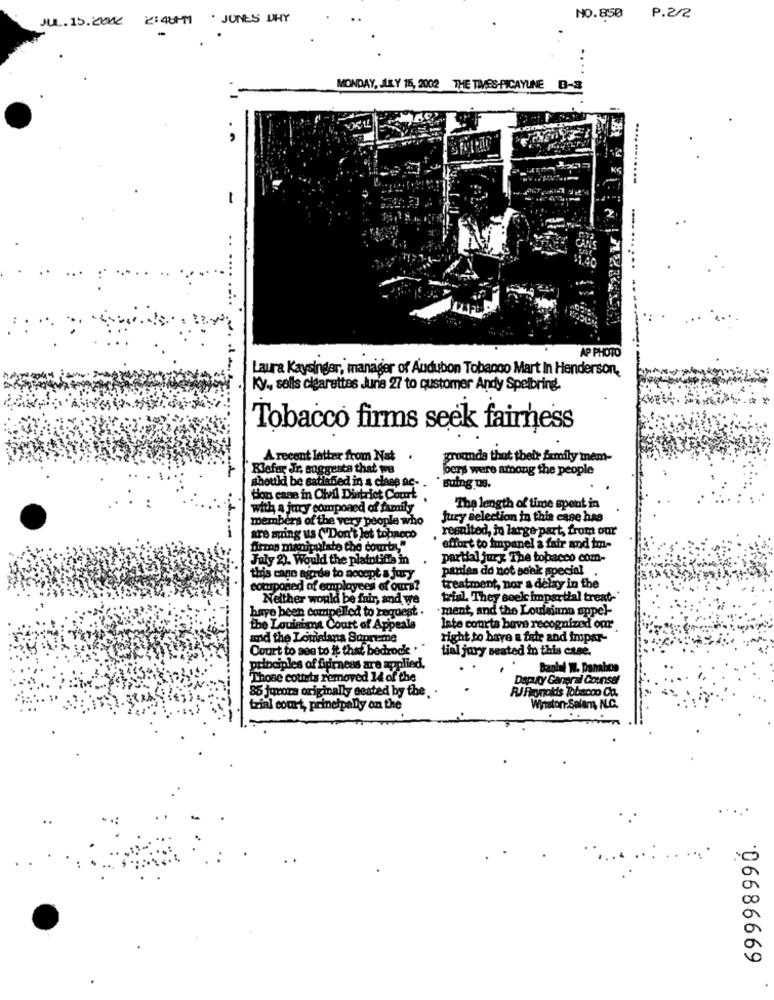
JUL. 15. conK 2:40PM . JUNES WHY
NO.850 P.2/2
MONDAY, JULY 15, 2002 THE TIMES-PICAYUNE B-3
AP PHOTO
Laura Kaysinger, manager of Audubon Tobacco Mart In Henderson,
Ky ,, sells cigarettes June 27 to qustomer Andy Spelbring.
Tobacco firms seek fairness
A recent letter from Nat
grounds that theit family mnem-
Kiefer Jr, suggests that we
bers were among the people
should be satisfied in a class ac-
* suing ug.
ton cane in Chvil District Court
with a jury componed of family
The length of time spent in
members of the very people who
Jury selection in this case has
resulted, in large part, from our
are suing us ("Don't let topneco
Birros manipulate the courts."
effort to impanel a fair and im-
July 2). Would the plaintiffa in
partial jury The tobacco com-
panies do not seak special
this cane agrde to nocept a jury
composed of employees of our?
treatment, nor a delay in the
Neither would be fair, and we
trial. They Boek impartial treat-'
baye been compelled to request .
ment, and the Louisiana appel-
the Louisiana Court of Appeals
late courta bove recognized our
and the Lomialana Supreme
right to have a fair and impar-
Court to see to it that bedrock .
tini jury seated in this case.
principles of finirness are applied.
Banknl W. Danabon
Those cottets removed 14 of the
Daputy General Counsel
85 jurors originally seated by the ..
RIFconalds Tobiscoo Ca.
trial court, principally on the
Winston-Salem, N.C.
...
06686669